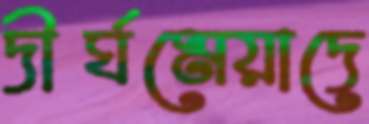
দীর্ঘমেয়াদে